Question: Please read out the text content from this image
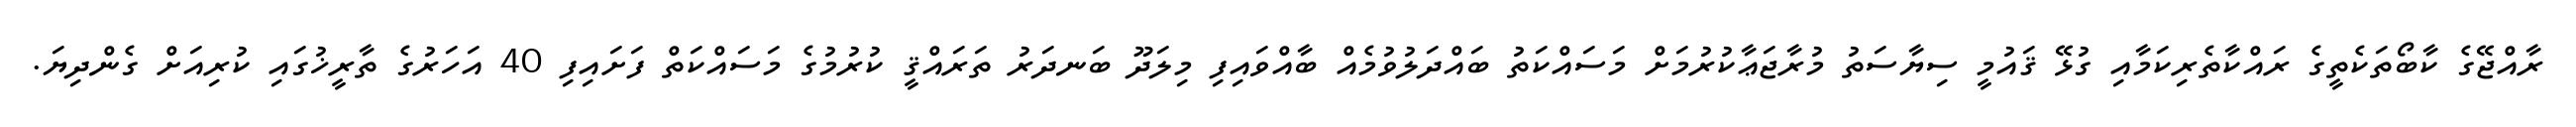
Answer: ރާއްޖޭގެ ކާބޯތަކެތީގެ ރައްކާތެރިކަމާއި ގުޅޭ ޤައުމީ ސިޔާސަތު މުރާޖަޢާކުރުމަށް މަސައްކަތު ބައްދަލުވުމެއް ބާއްވައިފި މިލަދޫ ބަނދަރު ތަރައްޤީ ކުރުމުގެ މަސައްކަތް ފަށައިފި 40 އަހަރުގެ ތާރީޚުގައި ކުރިއަށް ގެންދިޔަ.